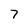
Character: 7